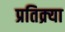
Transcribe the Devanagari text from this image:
प्रतिक्र्या